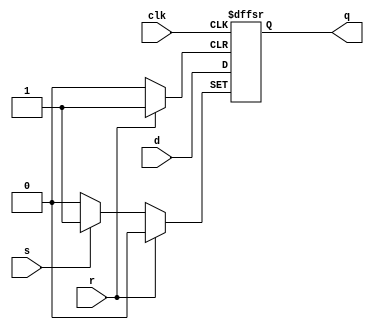
module dff_with_async_set_reset (
    input clk,
    input d,
    input s,
    input r,
    output reg q
);

always @ (posedge clk or posedge s or posedge r) begin
    if (s) begin
        q <= 1'b1;
    end
    else if (r) begin
        q <= 1'b0;
    end
    else begin
        q <= d;
    end
end

endmodule